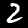
Label: 2